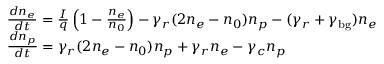
\begin{array} { r l } & { \frac { d n _ { e } } { d t } = \frac { I } { q } \left( 1 - \frac { n _ { e } } { n _ { 0 } } \right) - \gamma _ { r } ( 2 n _ { e } - n _ { 0 } ) n _ { p } - ( \gamma _ { r } + \gamma _ { \mathrm { b g } } ) n _ { e } } \\ & { \frac { d n _ { p } } { d t } = \gamma _ { r } ( 2 n _ { e } - n _ { 0 } ) n _ { p } + \gamma _ { r } n _ { e } - \gamma _ { c } n _ { p } } \end{array}